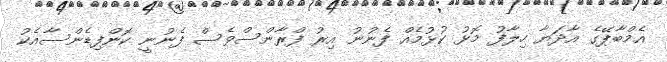
އެމްބާޕޭގެ އާދަޔާ ހިލާފު މޮޅު ކުޅުމެއް ފެނުނު އިރު ފްރާންސްވެސް ފެނުނީ ކޮންފިޑެންސާއެކު